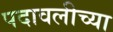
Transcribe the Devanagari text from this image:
पदावलीच्या